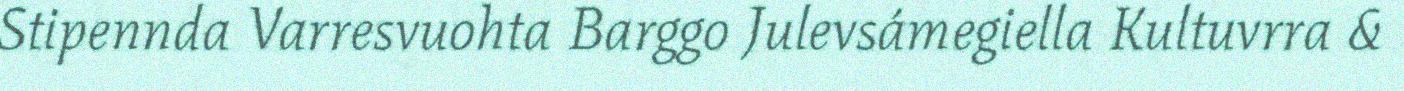
Stipennda Varresvuohta Barggo Julevsámegiella Kultuvrra &